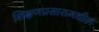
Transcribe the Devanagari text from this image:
शिक्षणप्रसारामधील